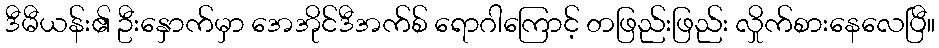
ဒီမီယန်း၏ ဦးနှောက်မှာ အေအိုင်ဒီအက်စ် ရောဂါကြောင့် တဖြည်းဖြည်း လှိုက်စားနေလေပြီ။